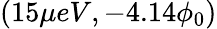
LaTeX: (15\mu eV,-4.14\phi_{0})